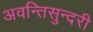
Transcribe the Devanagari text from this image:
अवन्तिसुन्दरी